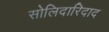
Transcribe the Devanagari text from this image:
सोलिदारिदाद